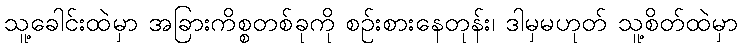
သူ့ခေါင်းထဲမှာ အခြားကိစ္စတစ်ခုကို စဉ်းစားနေတုန်း၊ ဒါမှမဟုတ် သူ့စိတ်ထဲမှာ